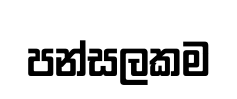
පන්සලකම